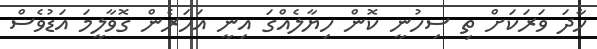
ހާދަ ވަރަކަށް ތި ސިހުނީ ކޮން ހިޔާލެއްގަ އިނީ އަހަރެން ގޮވާލީމަ އަޑުވެސް